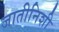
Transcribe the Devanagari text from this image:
जातीनिशी